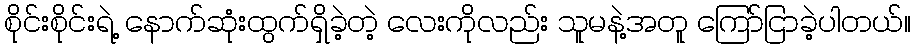
စိုင်းစိုင်းရဲ့ နောက်ဆုံးထွက်ရှိခဲ့တဲ့ လေးကိုလည်း သူမနဲ့အတူ ကြော်ငြာခဲ့ပါတယ်။